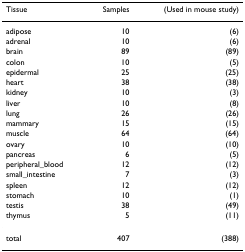
<table><thead><tr><td><b>Tissue</b></td><td><b>Samples</b></td><td><b>(Used in mouse study)</b></td></tr></thead><tbody><tr><td>adipose</td><td>10</td><td>(6)</td></tr><tr><td>adrenal</td><td>10</td><td>(6)</td></tr><tr><td>brain</td><td>89</td><td>(89)</td></tr><tr><td>colon</td><td>10</td><td>(5)</td></tr><tr><td>epidermal</td><td>25</td><td>(25)</td></tr><tr><td>heart</td><td>38</td><td>(38)</td></tr><tr><td>kidney</td><td>10</td><td>(3)</td></tr><tr><td>liver</td><td>10</td><td>(8)</td></tr><tr><td>lung</td><td>26</td><td>(26)</td></tr><tr><td>mammary</td><td>15</td><td>(15)</td></tr><tr><td>muscle</td><td>64</td><td>(64)</td></tr><tr><td>ovary</td><td>10</td><td>(10)</td></tr><tr><td>pancreas</td><td>6</td><td>(5)</td></tr><tr><td>peripheral_blood</td><td>12</td><td>(12)</td></tr><tr><td>small_intestine</td><td>7</td><td>(3)</td></tr><tr><td>spleen</td><td>12</td><td>(12)</td></tr><tr><td>stomach</td><td>10</td><td>(1)</td></tr><tr><td>testis</td><td>38</td><td>(49)</td></tr><tr><td>thymus</td><td>5</td><td>(11)</td></tr><tr><td>total</td><td>407</td><td>(388)</td></tr></tbody></table>